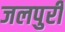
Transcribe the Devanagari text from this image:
जलपुरी